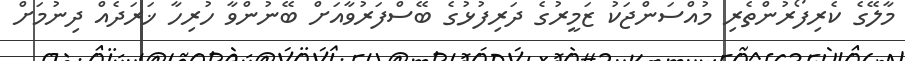
މާލޭގެ ކެރިފޯރުންތެރި މުއްސަންޖަކު ޒަމީރުގެ ދަރިފުޅުގެ ބޭސްފަރުވާއަށް ބޭނުންވާ ހުރިހާ ޚަރަދެއް ދިނުމަށް